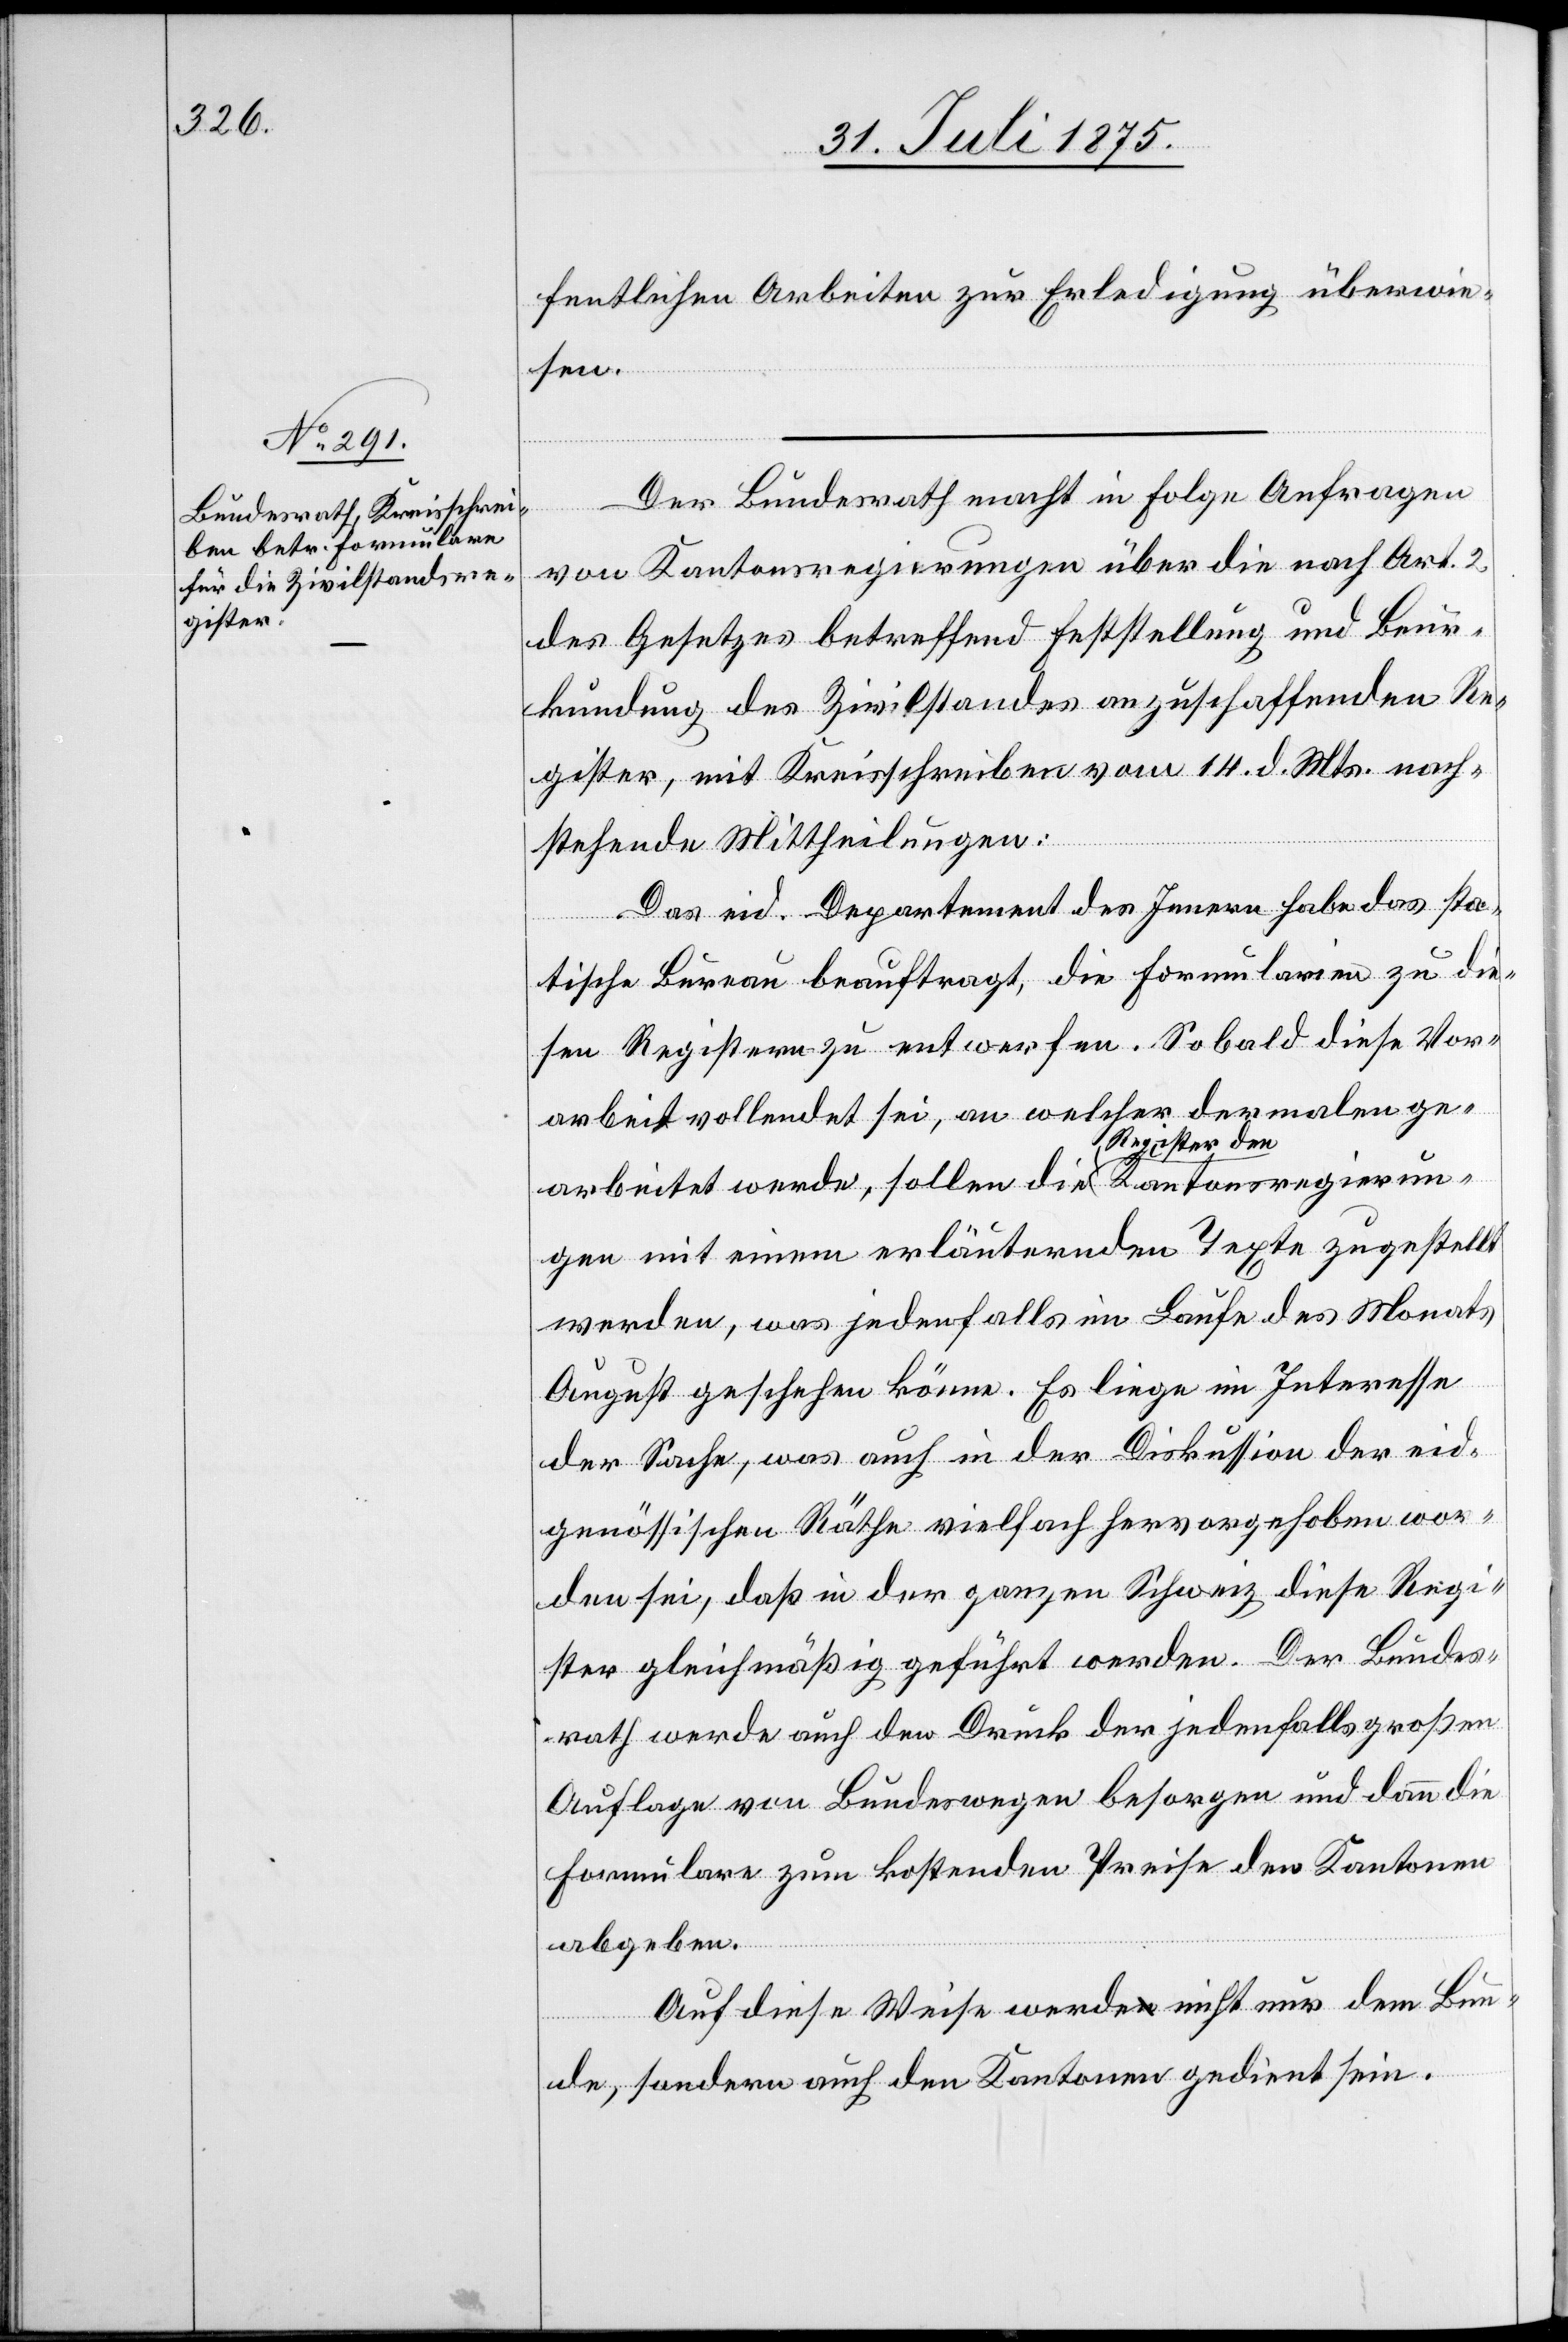
fentlichen Arbeiten zur Erledigung überwie¬
sen.
Der Bundesrath mach in Folge Anfragen
von Kantonsregierungen über die nach Art. 2
des Gesetzes betreffend Feststellung und Beur¬
kundung des Zivilstandes anzuschaffenden Re¬
gister, mit Kreisschreiben vom 14. d. Mts. nach¬
stehende Mittheilungen:
Das eid. Departement des Innern habe das stat¬
istische Bureau beauftragt, die Formularien zu die¬
sen Registern zu entwerfen. Sobald diese Vor¬
arbeit vollendet sei, an welcher dermalen ge¬
arbeitet werde, sollen die Register den Kantonsregierun¬
gen mit einem erläuternden Texte zugestellt
werden, was jedenfalls im Laufe des Monats
August geschehen könne. Es liege im Interesse
der Sache, was auch in der Diskussion der eid¬
genössischen Räthe vielfach hervorgehoben wor¬
den sei, daß in der ganzen Schweiz diese Regi¬
ster gleichmäßig geführt werden. Der Bundes¬
rath werde auch den Druck der jedenfalls großen
Auflage von Bundeswegen besorgen und dann die
Formulare zum kostenden Preise den Kantonen
abgeben.
Auf diese Wiese werde nicht nur dem Bun¬
de, sondern auch den Kantonen gedient sein.